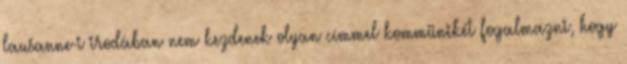
lausanne-i irodában nem kezdenek olyan címmel kommünikét fogalmazni, hogy